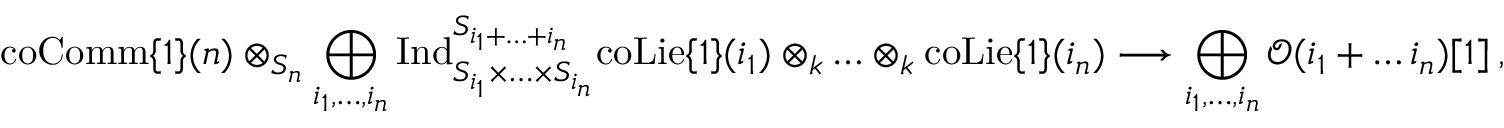
\mathrm { c o C o m m } \{ 1 \} ( n ) \otimes _ { S _ { n } } \bigoplus _ { i _ { 1 } , \ldots , i _ { n } } \mathrm { I n d } _ { S _ { i _ { 1 } } \times \ldots \times S _ { i _ { n } } } ^ { S _ { i _ { 1 } + \ldots + i _ { n } } } \mathrm { c o L i e } \{ 1 \} ( i _ { 1 } ) \otimes _ { k } \ldots \otimes _ { k } \mathrm { c o L i e } \{ 1 \} ( i _ { n } ) \longrightarrow \bigoplus _ { i _ { 1 } , \ldots , i _ { n } } \mathcal { O } ( i _ { 1 } + \ldots i _ { n } ) [ 1 ] \: ,